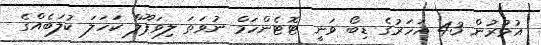
އުމުރުން 43 އަހަރުގެ ޑިބޯ ވަނީ ޓޮޓެންހަމް ނުވަތަ ލިވަޕޫލް ކަހަލަ ކުލަބެއްގެ